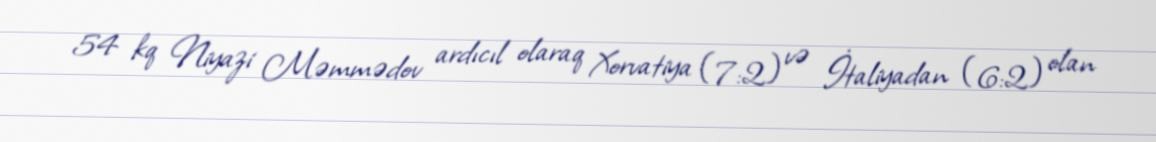
54 kq Niyazi Məmmədov ardıcıl olaraq Xorvatiya (7:2) və İtaliyadan (6:2) olan